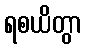
ရစယိတွာ